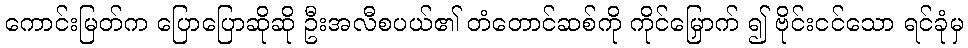
ကောင်းမြတ်က ပြောပြောဆိုဆို ဦးအလီစပယ်၏ တံတောင်ဆစ်ကို ကိုင်မြှောက် ၍ ဗိုင်းငင်သော ရင်ခုံမှ